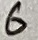
Text: 6